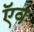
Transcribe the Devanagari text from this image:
ऍव